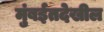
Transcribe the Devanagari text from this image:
मुंबईतदेखील